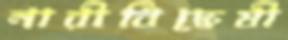
নারীবিদ্বেষী